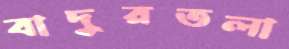
বাদুরতলা